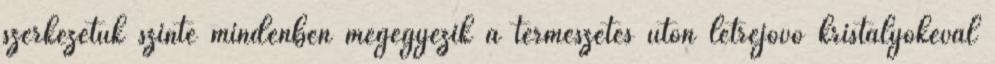
szerkezetük szinte mindenben megegyezik a természetes úton létrejövő kristályokéval